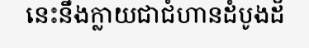
នេះនឹងក្លាយជាជំហានដំបូងដ៏